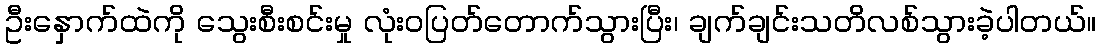
ဦးနှောက်ထဲကို သွေးစီးစင်းမှု လုံးဝပြတ်တောက်သွားပြီး၊ ချက်ချင်းသတိလစ်သွားခဲ့ပါတယ်။